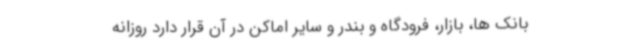
بانک ها، بازار، فرودگاه و بندر و سایر اماکن در آن قرار دارد روزانه